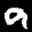
Label: 9